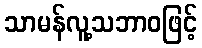
သာမန်လူ့သဘာဝဖြင့်